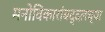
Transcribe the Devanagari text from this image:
मनोविकारांबद्दलच्या